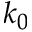
k _ { 0 }